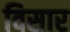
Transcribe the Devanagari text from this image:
विसार